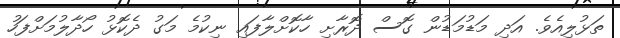
ތަޅުލިއެވެ. އަދި މަޑުމަޑުން ގޮސް ދޮރާށި ހާކޮށްލާފައި ނިކުމެ މަގު ދެކޮޅު ހޯދާލުމަށްފަހު